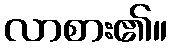
လာစား၏။